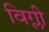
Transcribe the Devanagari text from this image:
विग्ली